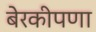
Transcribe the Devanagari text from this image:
बेरकीपणा